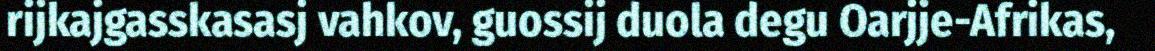
rijkajgasskasasj vahkov, guossij duola degu Oarjje-Afrikas,